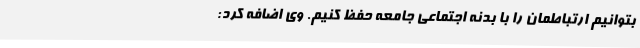
بتوانیم ارتباطمان را با بدنه اجتماعی جامعه حفظ کنیم. وی اضافه کرد: